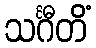
သင်္ဂီတိံ